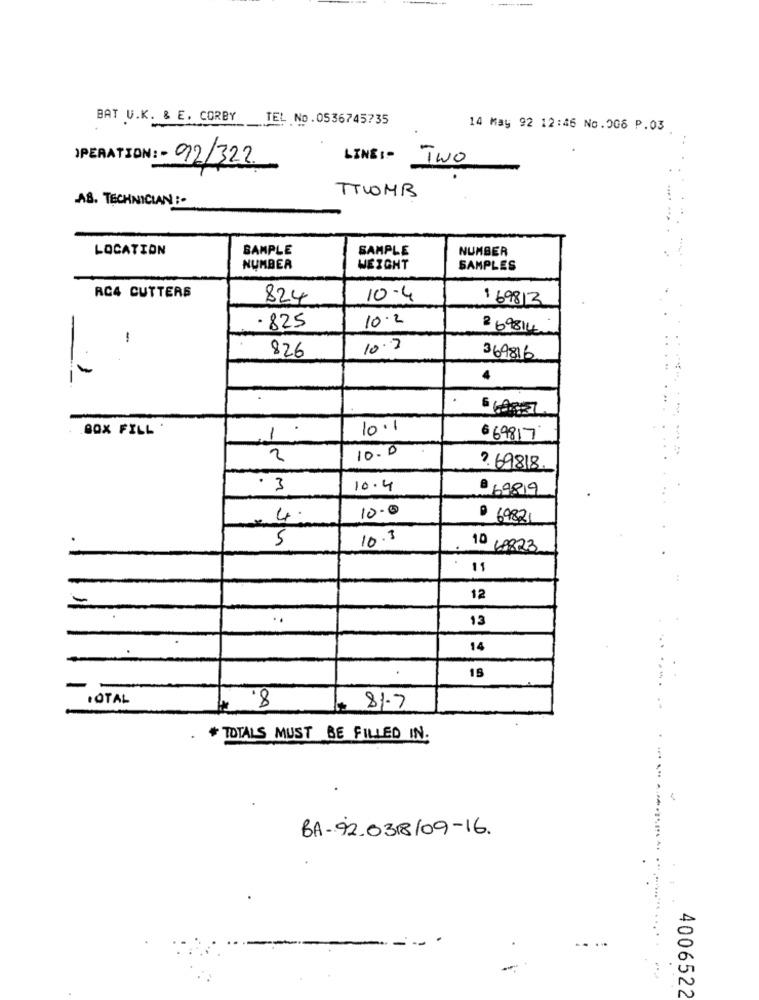
BAT U.K. & E. CORBY TEL No.0536745735
14 May 92 12:46 No.006 P.03
)PERATION: - 92/322.
LINE :- TWO
TTWOMB
AS. TECHNICIAN :-
LOCATION
SAMPLE
SAMPLE
NUMBER
NUMBER
WEIGHT
SAMPLES
RC4 CUTTERS
824
10-4
1 69813
10.2
-
.825
2 69814
-
826
10.2
369816
1
4
.BOX FILL
10.1
1
6 69817
10.0
2
7.69818.
· 3
10.4
. 69819
10.0
4.
9 69821
5
10.3
10 48823
11
-
12
13
14
8.
15
TOTAL
81.7
* TOTALS MUST BE FILLED IN.
BA-92.0318/09-16.
4006522